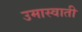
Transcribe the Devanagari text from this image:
उमास्वाती